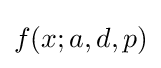
f(x;a,d,p)